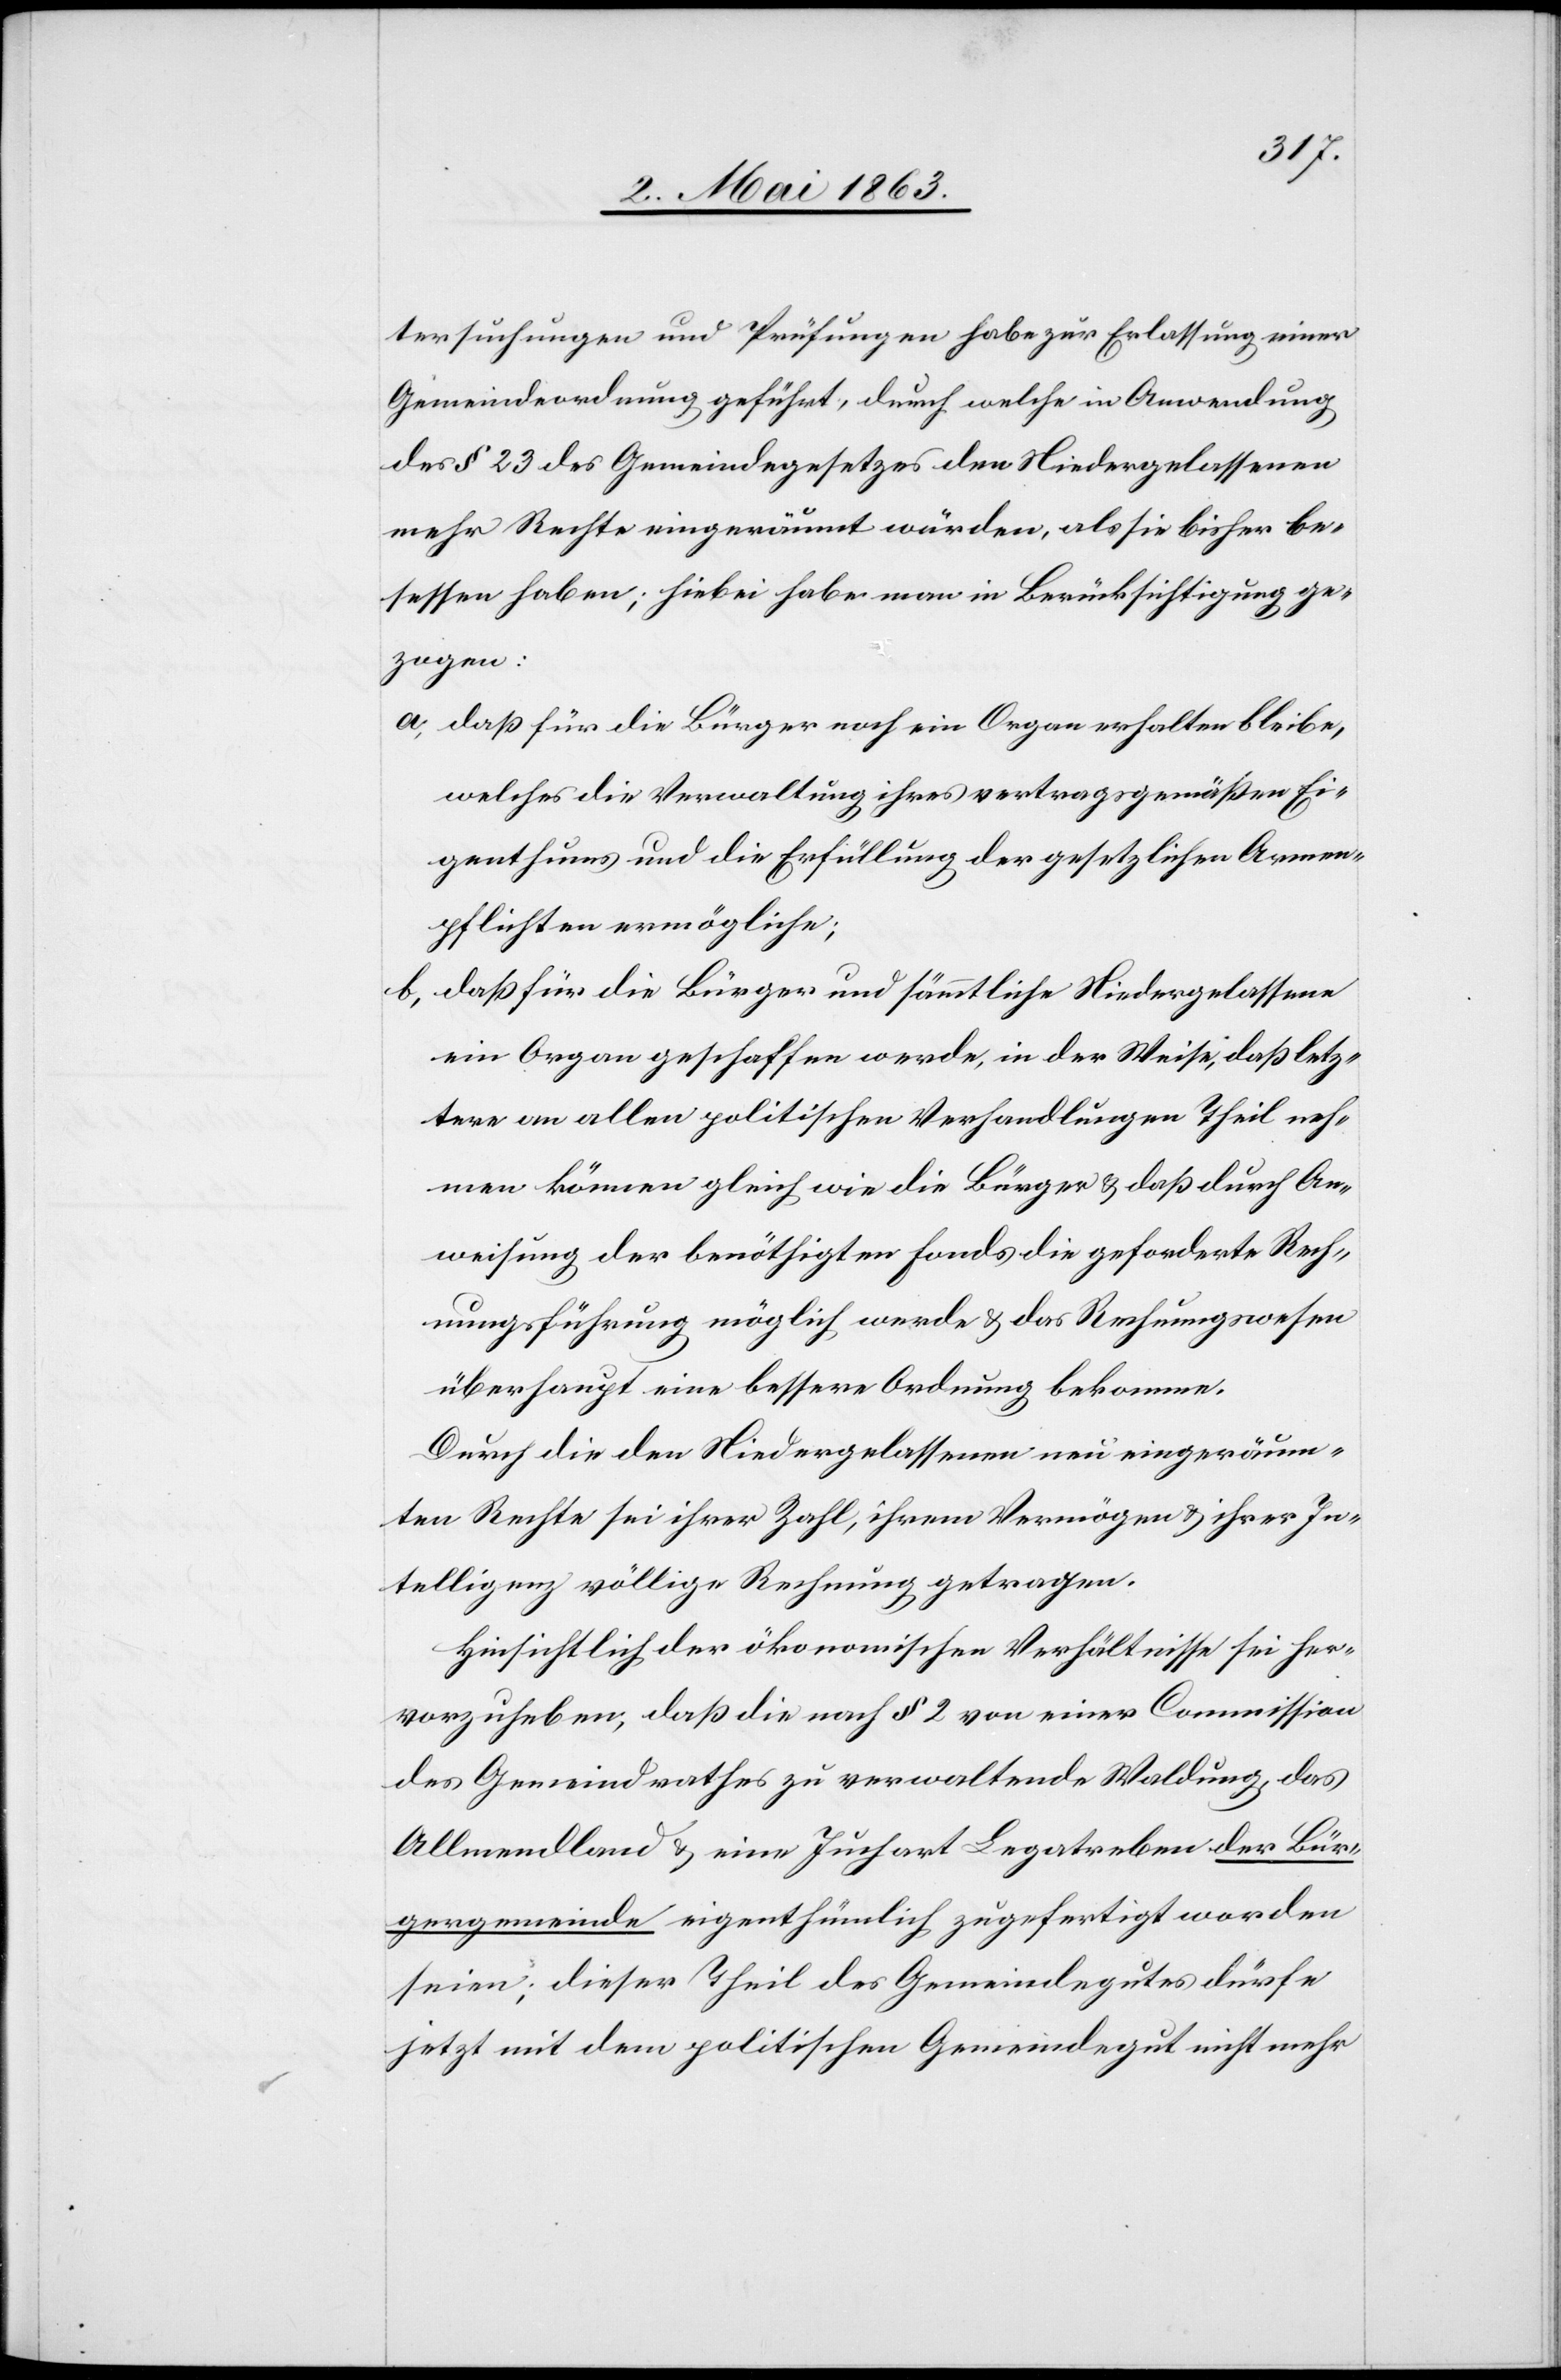
tersuchungen und Prüfungen habe zur Erlassung einer
Gemeindeordnung geführt, durch welche in Anwendung
des § 23 des Gemeindegesetzes den Niedergelassenen
mehr Rechte eingeräumt würden, als sie bisher be¬
sessen haben; hiebei habe man in Berücksichtigung ge¬
zogen:
a) daß für die Bürger noch ein Organ erhalten bleibe,
welches die Verwaltung ihres vertragsgemäßen Ei¬
genthums und die Erfüllung der gesetzlichen Armen¬
pflichten ermögliche;
b) daß für die Bürger und sämmtliche Niedergelassene
ein Organ geschaffen werde, in der Weise, daß letz¬
tere an allen politischen Verhandlungen Theil neh¬
men können gleich wie die Bürger & daß durch An¬
weisung der benöthigten Fonds die geforderte Rech¬
nungsführung möglich werde & das Rechnungswesen
überhaupt eine bessere Ordnung bekomme.
Durch die den Niedergelassenen neu eingeräum¬
ten Rechte sei ihrer Zahl, ihrem Vermögen & ihrer In¬
telligenz völlige Rechnung getragen.
Hinsichtlich der ökonomischen Verhältnisse sei her¬
vorzuheben, daß die nach § 2 von einer Commission
des Gemeindrathes zu verwaltende Waldung, das
Allmendland & eine Juchart Legatreben der Bür¬
gergemeinde eigenthümlich zugefertigt worden
seien; dieser Theil des Gemeindegutes dürfe
jetzt mit dem politischen Gemeindegut nicht mehr